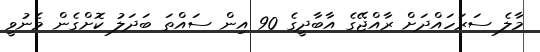
މާލެ ސަރަހައްދަށް ރާއްޖޭގެ އާބާދީގެ 90 އިން ސައްތަ ބަދަލު ކޮށްގެން މެނުވީ